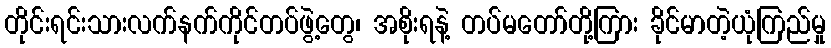
တိုင်းရင်းသားလက်နက်ကိုင်တပ်ဖွဲ့တွေ၊ အစိုးရနဲ့ တပ်မတော်တို့ကြား ခိုင်မာတဲ့ယုံကြည်မှု